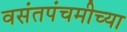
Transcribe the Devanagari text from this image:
वसंतपंचमीच्या